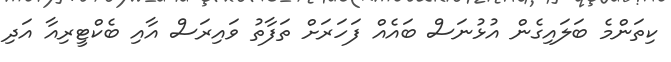
ކިތަންމެ ބަލައިގެން އުޅުނަސް ބައެއް ފަހަރަށް ތަފާތު ވައިރަސް އާއި ބެކްޓީރިއާ އަދި